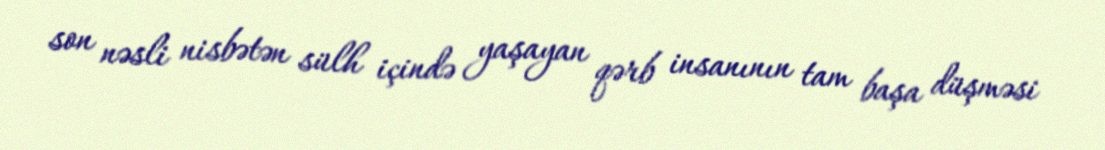
son nəsli nisbətən sülh içində yaşayan qərb insanının tam başa düşməsi